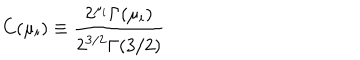
LaTeX: C ( \mu _ { i } ) \equiv { \frac { 2 ^ { \mu _ { i } } \Gamma ( \mu _ { i } ) } { 2 ^ { 3 / 2 } \Gamma ( 3 / 2 ) } }